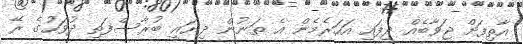
އާތިފަށް ޖަވާބެއް ދީފައި އަހަރެމެން އެ ތަނުން ދިޔައީ ބުރާސްފަތި ދުވަހުގެ ރޭ